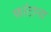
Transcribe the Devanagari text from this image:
फांटाना